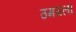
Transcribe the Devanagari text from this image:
उमगला